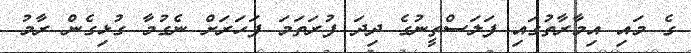
ގެ މައި އިމާރާތުގައި ފަލަސްތީނުގެ ދިދަ ފުރަތަމަ ފަހަރަށް ނެގުމާ ގުޅިގެން ރާމު